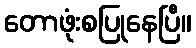
တောဖုံးစပြုနေပြီ။